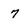
Character: 7